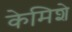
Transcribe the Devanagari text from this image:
केमिशे